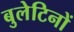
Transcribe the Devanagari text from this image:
बुलेटिनों